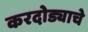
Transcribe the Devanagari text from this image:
करदोड्याचे